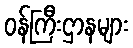
ဝန်ကြီးဌာနများ